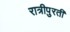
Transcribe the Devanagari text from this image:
रात्रीपुरती